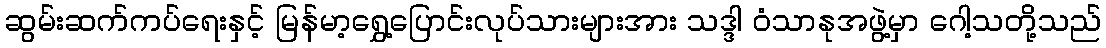
ဆွမ်းဆက်ကပ်ရေးနှင့် မြန်မာ့ရွှေ့ပြောင်းလုပ်သားများအား သဒ္ဒါ ဝံသာနုအဖွဲ့မှာ ဂေါ့သတို့သည်